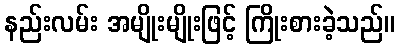
နည်းလမ်း အမျိုးမျိုးဖြင့် ကြိုးစားခဲ့သည်။